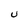
Character: U